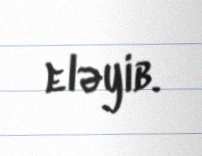
eləyib.